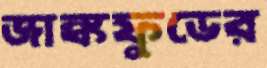
জাঙ্কফুডের